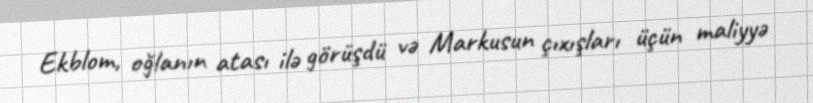
Ekblom, oğlanın atası ilə görüşdü və Markusun çıxışları üçün maliyyə